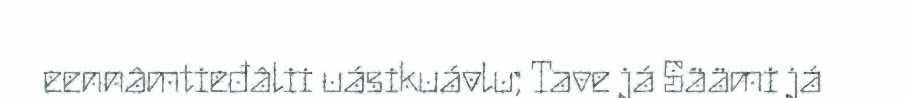
eennâmtieđâlii uásikuávlu; Tave já Säämi já